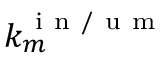
k _ { m } ^ { \mathrm { ~ i ~ n ~ / ~ u ~ m ~ } }